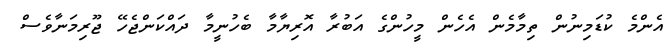
އެންމެ ކުޑަމިނުން ތިމާމެން އެހެން މީހުންގެ އަބުރާ އޮރިޔާމާ ބެހުނީމާ ދައްކަންޖެހޭ ޖޫރިމަނާވެސް